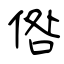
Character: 倃